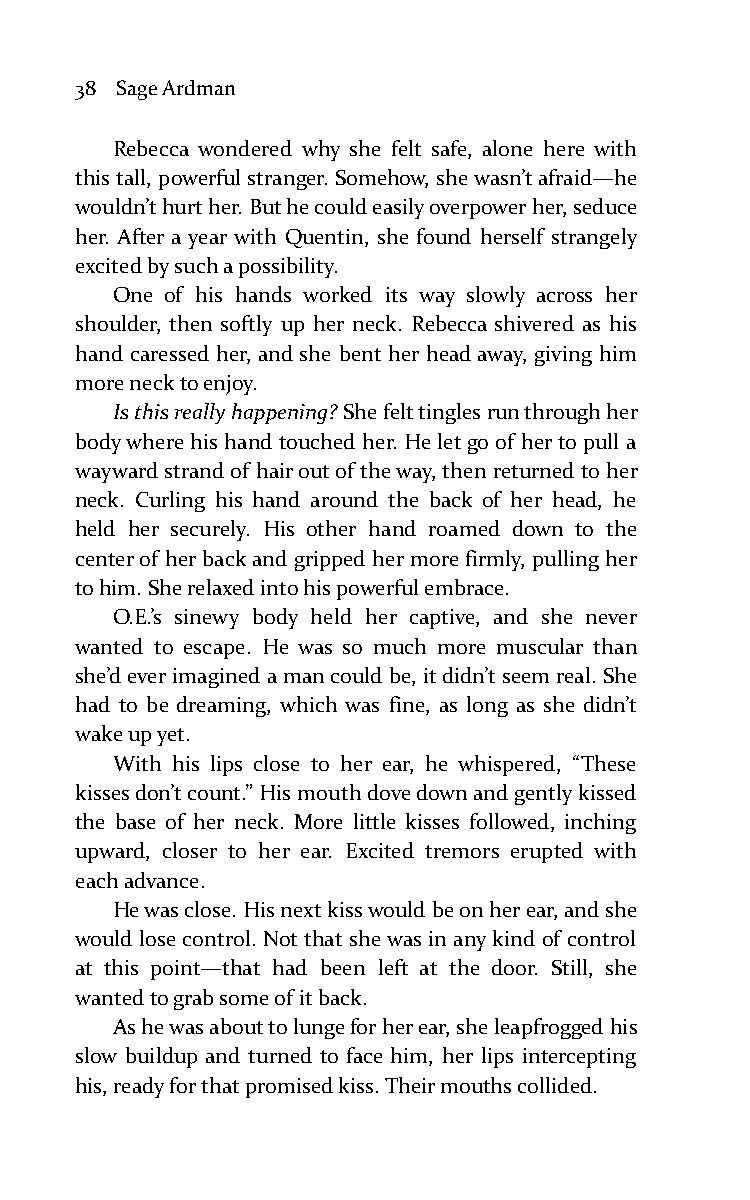
38 Sage Ardman
 Rebecca wondered why she felt safe, alone here with
 this tall, powerful stranger. Somehow, she wasn’t afraid—he
 wouldn’t hurt her. But he could easily overpower her, seduce
 her. After a year with Quentin, she found herself strangely
 excited by such a possibility.
 One of his hands worked its way slowly across her
 shoulder, then softly up her neck. Rebecca shivered as his
 hand caressed her, and she bent her head away, giving him
 more neck to enjoy.
 Is this really happening? She felt tingles run through her
 body where his hand touched her. He let go of her to pull a
 wayward strand of hair out of the way, then returned to her
 neck. Curling his hand around the back of her head, he
 held her securely. His other hand roamed down to the
 center of her back and gripped her more firmly, pulling her
 to him. She relaxed into his powerful embrace.
 O.E.’s sinewy body held her captive, and she never
 wanted to escape. He was so much more muscular than
 she’d ever imagined a man could be, it didn’t seem real. She
 had to be dreaming, which was fine, as long as she didn’t
 wake up yet.
 With his lips close to her ear, he whispered, “These
 kisses don’t count.” His mouth dove down and gently kissed
 the base of her neck. More little kisses followed, inching
 upward, closer to her ear. Excited tremors erupted with
 each advance.
 He was close. His next kiss would be on her ear, and she
 would lose control. Not that she was in any kind of control
 at this point—that had been left at the door. Still, she
 wanted to grab some of it back.
 As he was about to lunge for her ear, she leapfrogged his
 slow buildup and turned to face him, her lips intercepting
 his, ready for that promised kiss. Their mouths collided.